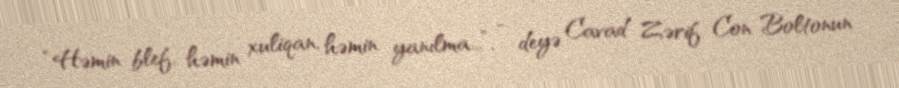
“Həmin blef, həmin xuliqan, həmin yanılma...”, - deyə Cavad Zərif Con Boltonun